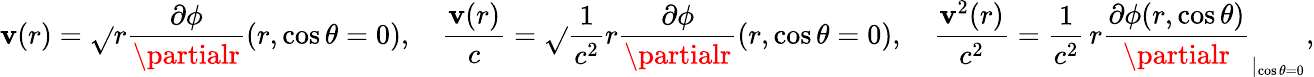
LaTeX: \mathbf{v}(r)=\sqrt{}{{r\frac{{\partial\phi}}{{\partialr}}(r,\cos\theta=0)}},\quad\frac{{\mathbf{v}(r)}}{{c}}=\sqrt{}{{\frac{{1}}{{c^{2}}}r\frac{{\partial\phi}}{{\partialr}}(r,\cos\theta=0)}},\quad\frac{{\mathbf{v}^{2}(r)}}{{c^{2}}}=\frac{{1}}{{c^{2}}}\, r\frac{{\partial\phi(r,\cos\theta)}}{{\partialr}}_{|_{\cos\theta=0}},